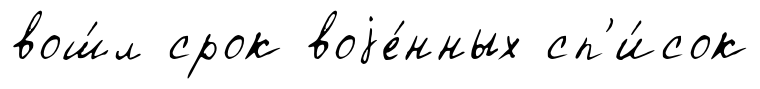
вош́л срок воjе́нных сп'и́сок